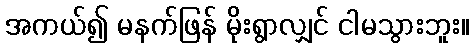
အကယ်၍ မနက်ဖြန် မိုးရွာလျှင် ငါမသွားဘူး။